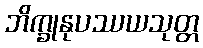
ဘိက္ခုနုပဿယသုတ္တ